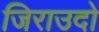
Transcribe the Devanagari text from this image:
जिराउदो